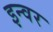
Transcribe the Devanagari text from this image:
इन्वर